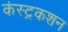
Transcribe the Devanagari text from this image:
कंस्ट्रकशन